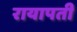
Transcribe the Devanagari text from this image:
रायापती